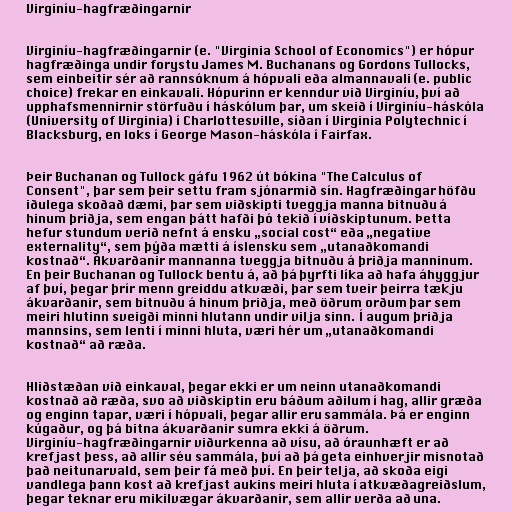
Virginíu-hagfræðingarnir

Virginíu-hagfræðingarnir (e. "Virginia School of Economics") er hópur
hagfræðinga undir forystu James M. Buchanans og Gordons Tullocks,
sem einbeitir sér að rannsóknum á hópvali eða almannavali (e. public
choice) frekar en einkavali. Hópurinn er kenndur við Virginíu, því að
upphafsmennirnir störfuðu í háskólum þar, um skeið í Virginíu-háskóla
(University of Virginia) í Charlottesville, síðan í Virginia Polytechnic í
Blacksburg, en loks í George Mason-háskóla í Fairfax.

Þeir Buchanan og Tullock gáfu 1962 út bókina "The Calculus of
Consent", þar sem þeir settu fram sjónarmið sín. Hagfræðingar höfðu
iðulega skoðað dæmi, þar sem viðskipti tveggja manna bitnuðu á
hinum þriðja, sem engan þátt hafði þó tekið í víðskiptunum. Þetta
hefur stundum verið nefnt á ensku „social cost“ eða „negative
externality“, sem þýða mætti á íslensku sem „utanaðkomandi
kostnað“. Ákvarðanir mannanna tveggja bitnuðu á þriðja manninum.
En þeir Buchanan og Tullock bentu á, að þá þyrfti líka að hafa áhyggjur
af því, þegar þrír menn greiddu atkvæði, þar sem tveir þeirra tækju
ákvarðanir, sem bitnuðu á hinum þriðja, með öðrum orðum þar sem
meiri hlutinn sveigði minni hlutann undir vilja sinn. Í augum þriðja
mannsins, sem lenti í minni hluta, væri hér um „utanaðkomandi
kostnað“ að ræða.

Hliðstæðan við einkaval, þegar ekki er um neinn utanaðkomandi
kostnað að ræða, svo að viðskiptin eru báðum aðilum í hag, allir græða
og enginn tapar, væri í hópvali, þegar allir eru sammála. Þá er enginn
kúgaður, og þá bitna ákvarðanir sumra ekki á öðrum.
Virginíu-hagfræðingarnir viðurkenna að vísu, að óraunhæft er að
krefjast þess, að allir séu sammála, því að þá geta einhverjir misnotað
það neitunarvald, sem þeir fá með því. En þeir telja, að skoða eigi
vandlega þann kost að krefjast aukins meiri hluta í atkvæðagreiðslum,
þegar teknar eru mikilvægar ákvarðanir, sem allir verða að una.